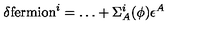
\delta \mathrm { f e r m i o n } ^ { i } = \dots + \Sigma _ { A } ^ { i } ( \phi ) \epsilon ^ { A }